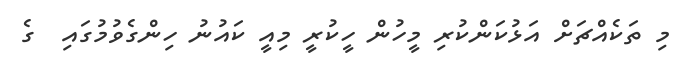
މި ތަކެއްޗަށް އަޅުކަންކުރި މީހުން ހީކުރީ މިއީ ކައުނު ހިންގެވުމުގައި  ގެ